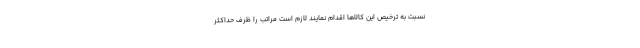
نسبت به ترخیص این کالاها اقدام نمایند لازم است مراتب را ظرف حداکثر